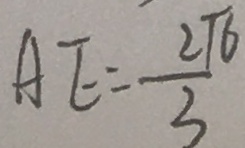
A E = \frac { 2 7 6 } { 3 }